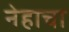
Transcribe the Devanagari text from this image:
नेहाचा